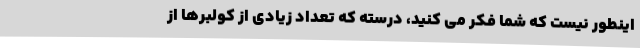
اینطور نیست که شما فکر می کنید، درسته که تعداد زیادی از کولبرها از